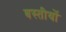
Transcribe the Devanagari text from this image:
बस्तीयों